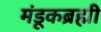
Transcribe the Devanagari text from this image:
मंडूकब्रह्मी